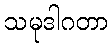
သမုဒါဂတာ